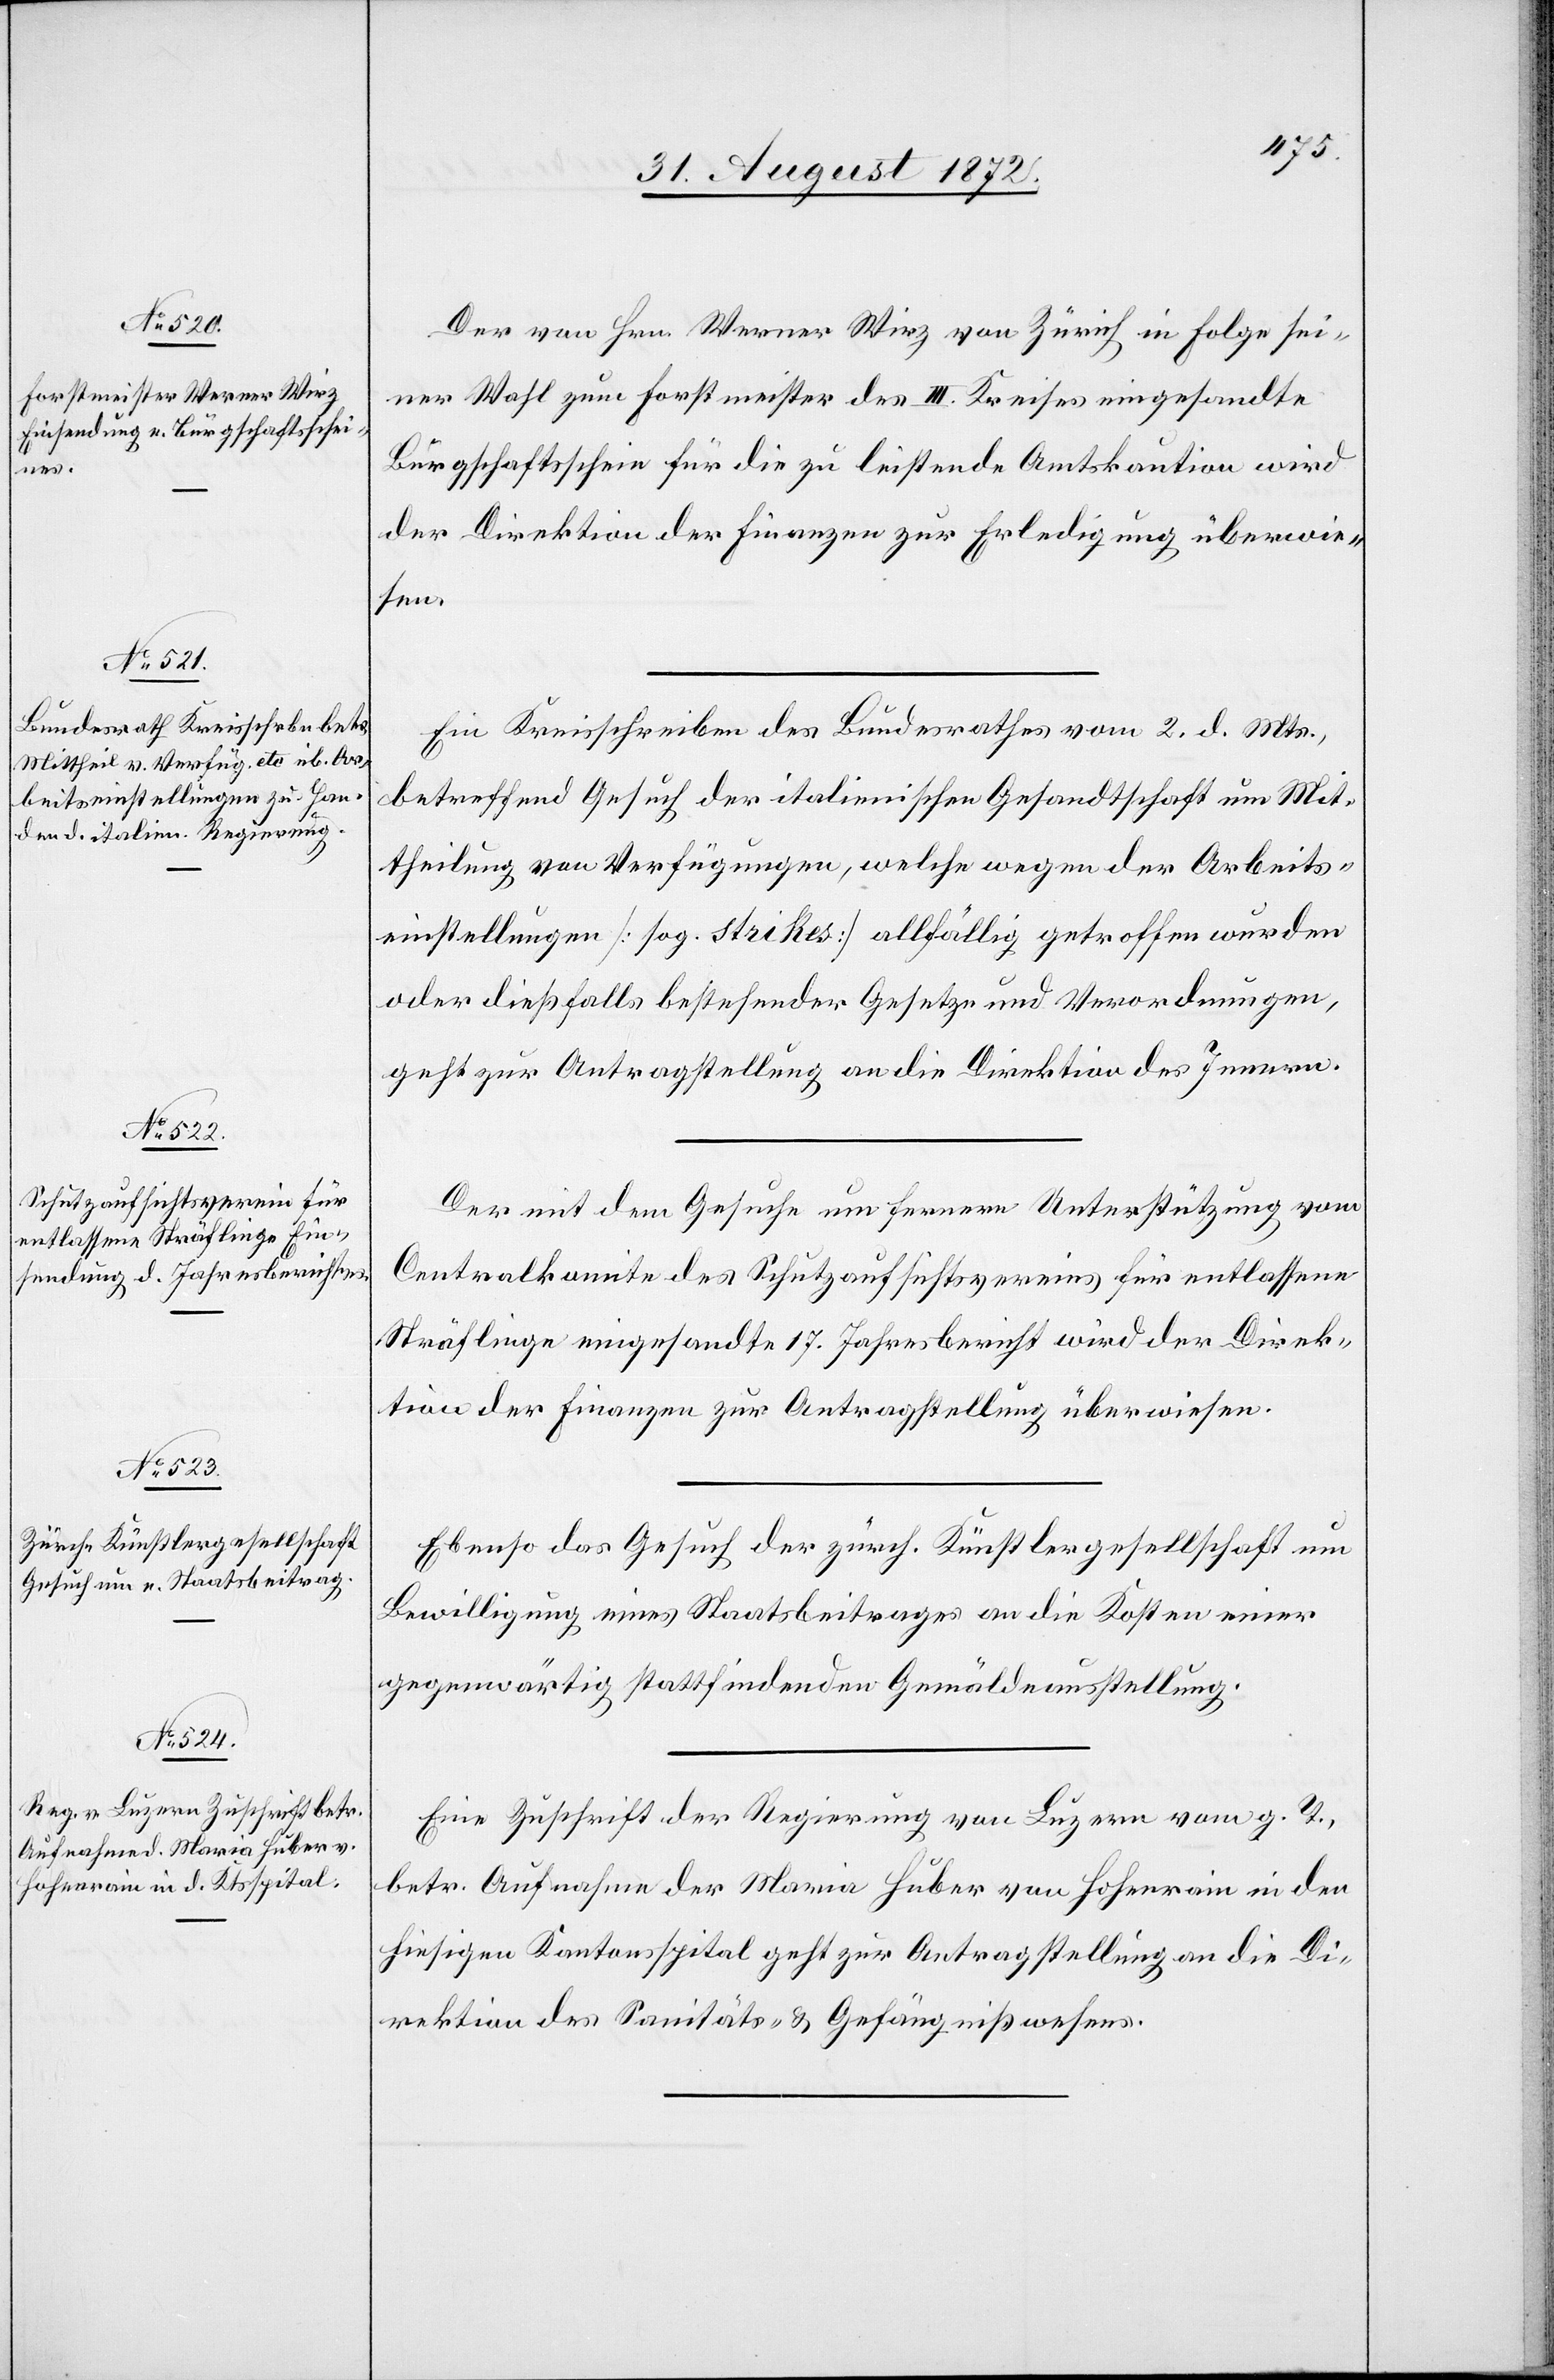
5.

Der von Hrn. Werner Wirz von Zürich in Folge sei¬
ner Wahl zum Forstmeister des III. Kreises eingesandte
Bürgschaftsschein für die zu leistende Amtskaution wird
der Direktion der Finanzen zu Erledigung überwie¬
sen.
Ein Kreisschreiben des Bundesrathes vom 2. d. Mts.,
betreffend Gesuch der italienischen Gesandtschaft um Mit¬
theilung von Verfügungen, welche wegen der Arbeits¬
einstellungen [sog. strikes] allfällig getroffen wurden
oder dießfalls bestehender Gesetze und Verordnungen,
geht zur Antragstellung an die Direktion des Innern.
Der mit dem Gesuche um fernere Unterstützung vom
Centralkomite des Schutzaufsichtsvereins für entlassene
Sträflinge eingesandte 17. Jahresbericht wird der Direk¬
tion der Finanzen zur Antragstellung überwiesen.
Ebenso das Gesuch der zürch. Künstlergesellschaft um
Bewilligung eines Staatsbeitrages an die Kosten einer
gegenwärtig stattfindenden Gemäldeausstellung.
Eine Zuschrift der Regierung von Luzern vom g. T.,
betr. Aufnahme der Maria Huber von Hohenrain in den
hiesigen Kantonsspital geht zur Antragstellung an die Di¬
rektion des Sanitäts- u. Gefängnißwesens.